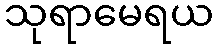
သုရာမေရယ